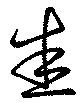
悉